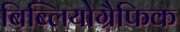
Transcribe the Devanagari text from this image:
बिब्लियोग्रैफिक